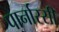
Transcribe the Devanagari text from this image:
पार्नास्सी